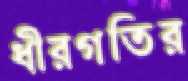
ধীরগতির